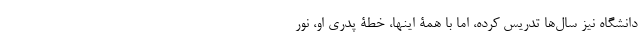
دانشگاه نیز سال‌ها تدریس کرده، اما با همۀ اینها، خطۀ پدریِ او، نورِ